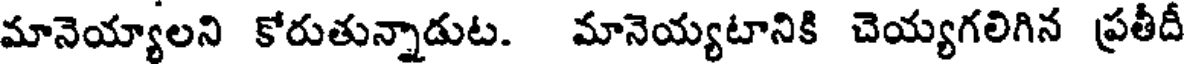
మానెయ్యాలని కోరుతున్నాడుట. మానెయ్యటానికి చెయ్యగలిగిన ప్రతీదీ